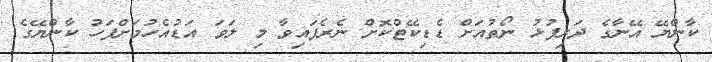
ކާންޔޭ އޭނާގެ ދަރިފުޅު ނޯތުއަށް ޑެޑިކޭޓްކޮށް ނެރެފައިވާ މި ލަވަ އަޑުއެހުމަށްފަހު ކާންޔޭގެ